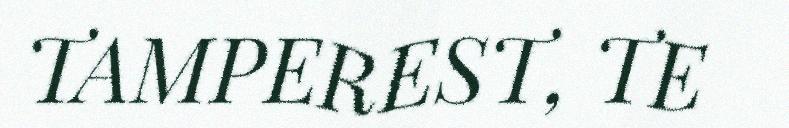
TAMPEREST, TE